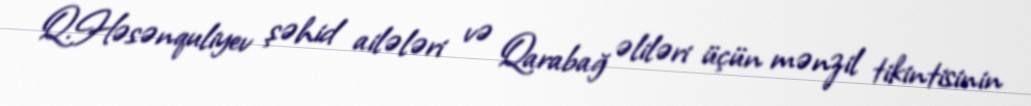
Q.Həsənquliyev şəhid ailələri və Qarabağ əliləri üçün mənzil tikintisinin